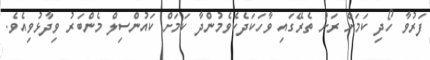
ފަރުވާ ހޯދި ކަމަށް ރަށު ތެރޭގައި ވާހަކަދެކެވެމުންދާ ކަމަށް ކައުންސިލް މެންބަރު ވިދާޅުވިއެވެ.